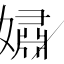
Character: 𫱷